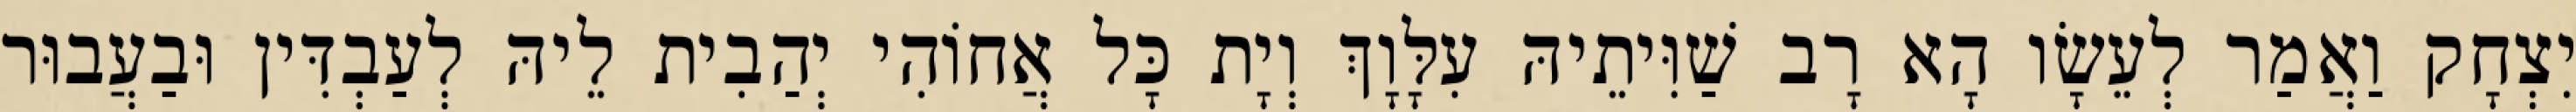
יִצְחָק וַאֲמַר לְעֵשָׂו הָא רָב שַׁוִּיתֵיהּ עִלָּוָךְ וְיָת כָּל אֲחוֹהִי יְהַבִית לֵיהּ לְעַבְדִּין וּבַעֲבוּר